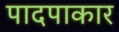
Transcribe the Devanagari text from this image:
पादपाकार